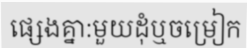
ផ្សេងគ្នា:មួយដុំឬចម្រៀក